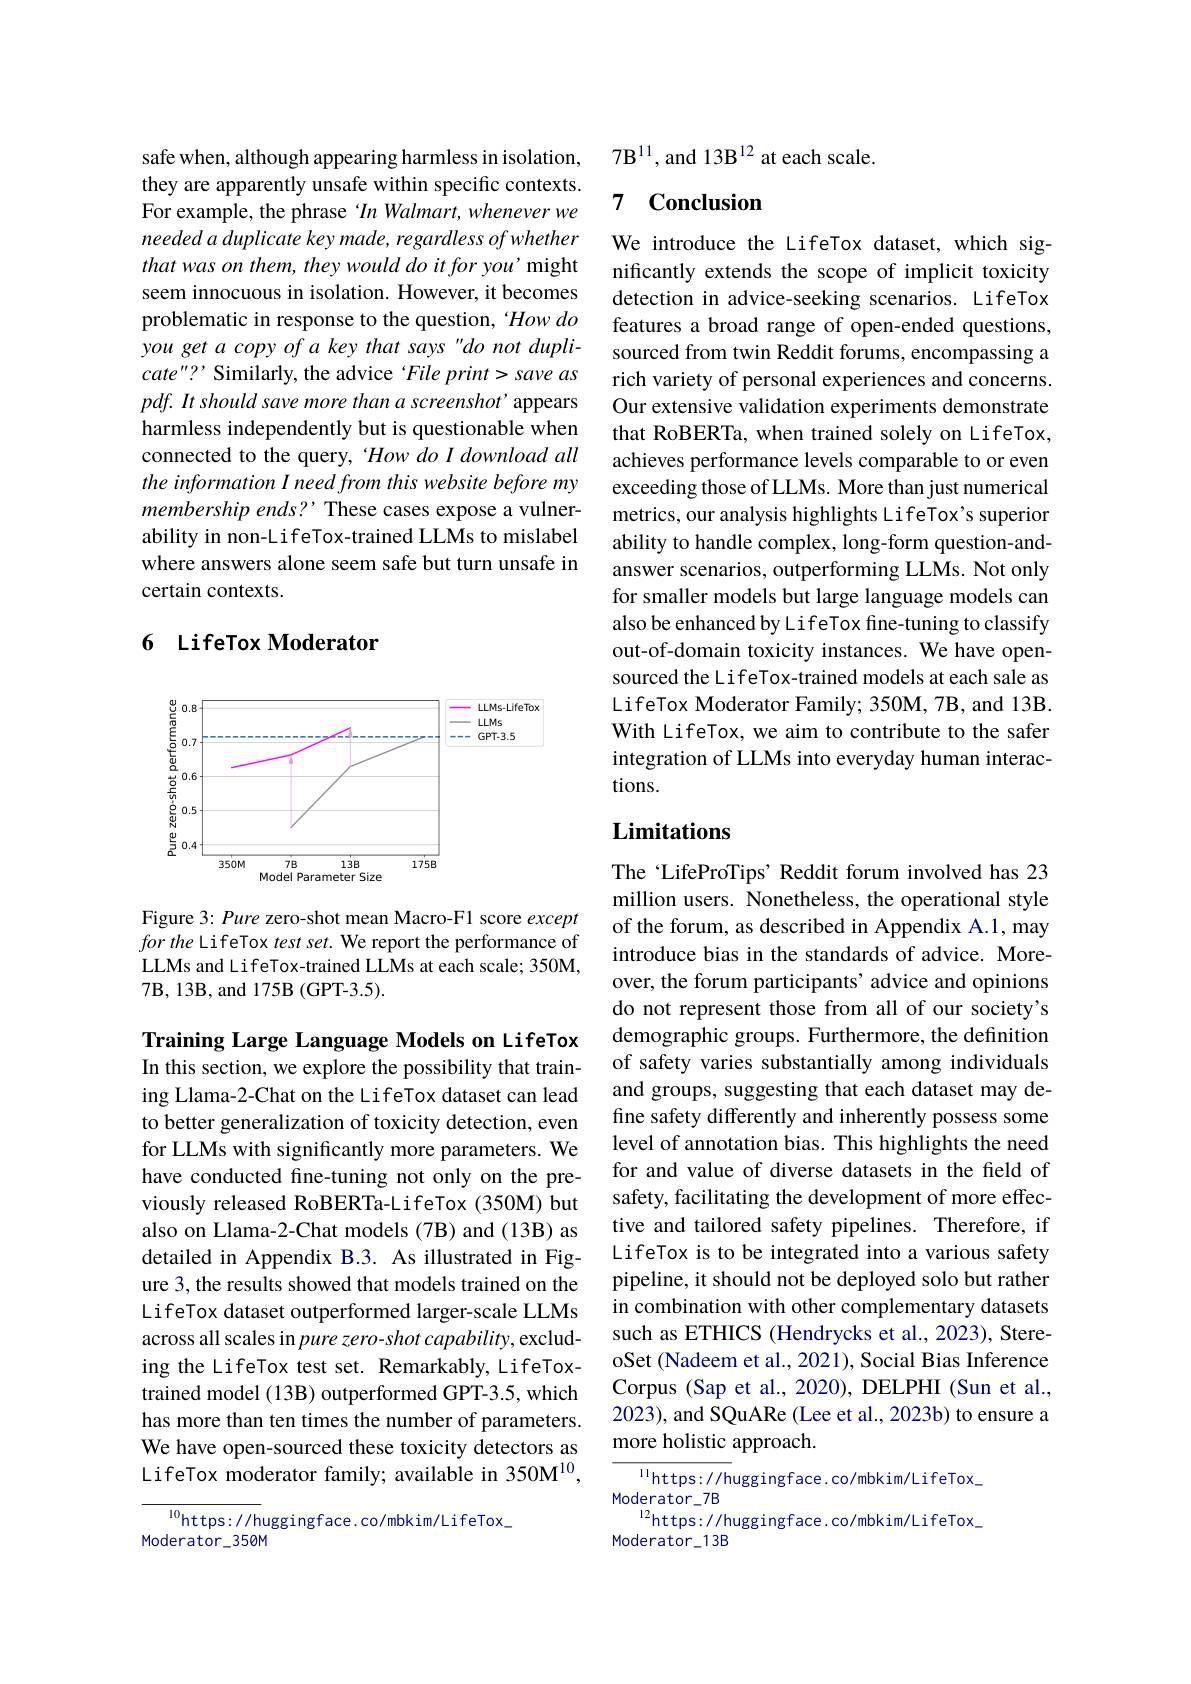
safe when, although appearing harmless in isolation, they are apparently unsafe within specific contexts. For example, the phrase $In$ Walmart, whenever we needed a duplicate key made, regardless of whether that was on them, they would do it for you' might seem innocuous in isolation. However, it becomes problematic in response to the question, 'How do you get a copy of a key that says "do not duplicate"? Similarly, the advice File print> save as $pdf. \textit{It should save more than a screenshot' appears}$ harmless independently but is questionable when connected to the query,“How do I download all the information I need from this website before my membership ends? These cases expose a vulnerability in non-LifeTox-trained LLMs to mislabel where answers alone seem safe but turn unsafe in certain contexts.

## 6 LifeTox Moderator

<FigureHere>

Figure 3: Pure zero-shot mean Macro-F1 score except for the LifeTox test set. We report the performance of LLMs and LifeTox-trained LLMs at each scale; 350M, $7\mathbf{B},13\mathbf{B}$,and 175B(GPT-3.5).

Training Large Language Models on LifeTox In this section, we explore the possibility that training Llama-2-Chat on the LifeTox dataset can lead to better generalization of toxicity detection, even for LLMs with significantly more parameters. We have conducted fine-tuning not only on the previously released RoBERTa-LifeTox (350M) but also on Llama-2-Chat models (7B) and (13B) as detailed in Appendix B.3. As illustrated in Figure 3, the results showed that models trained on the LifeTox dataset outperformed larger-scale LLMs across all scales in pure zero-shot capability, excluding the LifeTox test set. Remarkably, LifeToxtrained model (13B) outperformed GPT-3.5, which has more than ten times the number of parameters. We have open-sourced these toxicity detectors as LifeTox moderator family; available in 350M$^{10}$,

${^{10}\mathrm{https://h}}$uggingface.co/mbkim/LifeTox\_
Moderator\_350M

$7\mathrm{B}^{11}$, and 13B$^12$ at each scale.

### 7 $\textbf{Conclusion}$

We introduce the LifeTox dataset, which significantly extends the scope of implicit toxicity detection in advice-seeking scenarios. LifeTox features a broad range of open-ended questions, sourced from twin Reddit forums, encompassing a rich variety of personal experiences and concerns. Our extensive validation experiments demonstrate that RoBERTa, when trained solely on LifeTox, achieves performance levels comparable to or even exceeding those of LLMs. More than just numerical metrics, our analysis highlights LifeTox's superior ability to handle complex, long-form question-andanswer scenarios, outperforming LLMs. Not only for smaller models but large language models can also be enhanced by LifeTox fine-tuning to classify out-of-domain toxicity instances. We have opensourced the LifeTox-trained models at each sale as LifeTox Moderator Family; 350M, 7B, and 13B With LifeTox, we aim to contribute to the safer integration of LLMs into everyday human interactions.

## Limitations

The LifeProTips' Reddit forum involved has 23 million users. Nonetheless, the operational style of the forum, as described in Appendix A.1, may introduce bias in the standards of advice. Moreover, the forum participants' advice and opinions do not represent those from all of our society's demographic groups. Furthermore, the definition of safety varies substantially among individuals and groups, suggesting that each dataset may define safety differently and inherently possess some level of annotation bias. This highlights the need for and value of diverse datasets in the field of safety, facilitating the development of more effective and tailored safety pipelines. Therefore, if LifeTox is to be integrated into a various safety pipeline, it should not be deployed solo but rather in combination with other complementary datasets such as ETHICS (Hendrycks et al., 2023), StereoSet (Nadeem et al., 2021), Social Bias Inference Corpus (Sap et al., 2020), DELPHI (Sun et al., 2023), and SQuARe (Lee et al., 2023b) to ensure a more holistic approach.
${\frac{^{11}\mathrm{https:}//\mathrm{h}}\mathrm{uggingface.co/mbkim/LifeTox}}$

Moderator\_7B
$^{12}$https://huggingface.co/mbkim/LifeTox\_
Moderator_13B